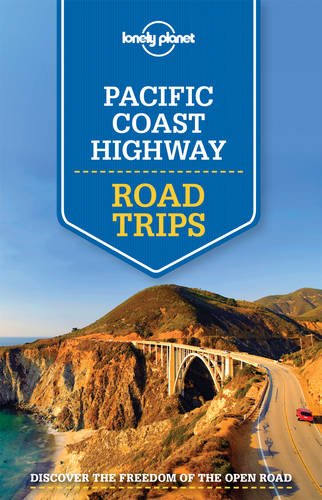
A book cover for Lonely Planet Pacific Coast Highways Road Trips (Travel Guide); Lonely Planet; Travel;